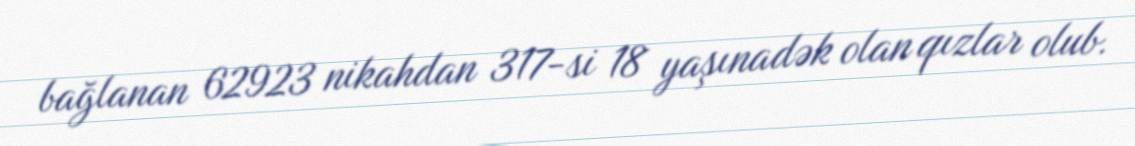
bağlanan 62923 nikahdan 317-si 18 yaşınadək olan qızlar olub.